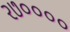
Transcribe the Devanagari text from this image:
२७००००